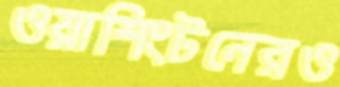
ওয়াশিংটনেরও